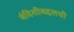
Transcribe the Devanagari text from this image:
बंदिशीबद्दलची